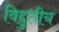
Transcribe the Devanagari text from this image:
विद्दुतीय